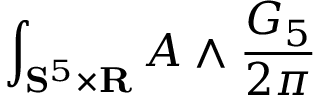
\int _ { \mathbf { S } ^ { 5 } \times \mathbf { R } } A \wedge \frac { G _ { 5 } } { 2 \pi }